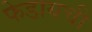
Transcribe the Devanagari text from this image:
फेडायची